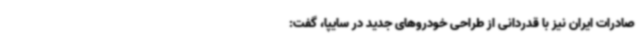
صادرات ایران نیز با قدردانی از طراحی خودروهای جدید در سایپا، گفت: